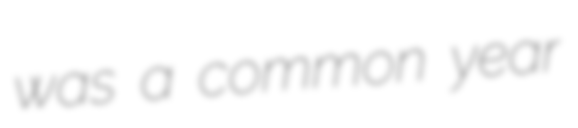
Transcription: was a common year